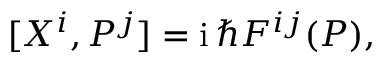
[ X ^ { i } , P ^ { j } ] = \ensuremath { \mathrm { i } } \, \hbar F ^ { i j } ( P ) ,